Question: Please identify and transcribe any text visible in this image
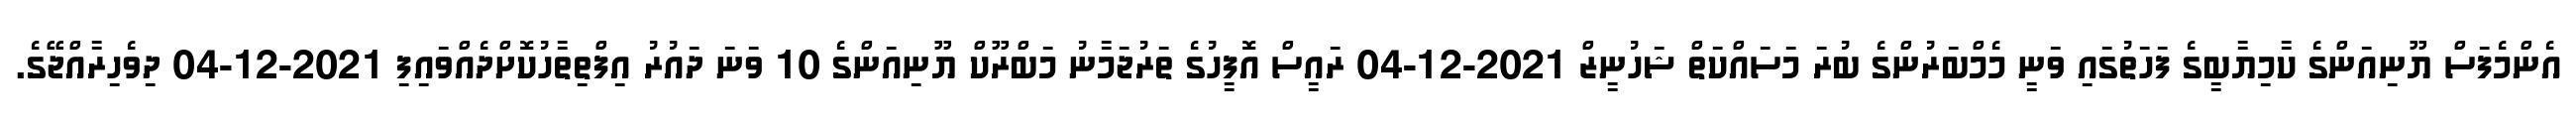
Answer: އެންމެފަސް ޔޫނިއަންގެ ކާމިޔާބީގެ ފަހަތުގައި ވަނީ މެމްބަރުންގެ ބުރަ މަސައްކަތް ޝަހުނީޒް 2021-12-04 ރައީސް އޮފީހުގެ ތަރުޖަމާނު މަބްރޫކް ޔޫނިއަންގެ 10 ވަނަ ދައުރު އިފްތިތާހުކޮށްދެއްވައިފި 2021-12-04 ދިވެހިރާއްޖޭގެ.